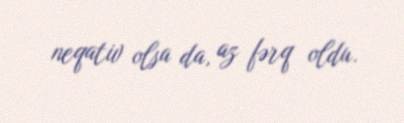
neqativ olsa da, az fərq oldu.